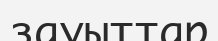
зауыттар